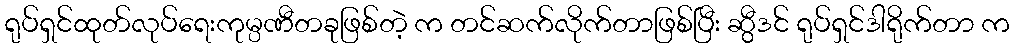
ရုပ်ရှင်ထုတ်လုပ်ရေးကုမ္ပဏီတခုဖြစ်တဲ့ က တင်ဆက်လိုက်တာဖြစ်ပြီး ဆွီဒင် ရုပ်ရှင်ဒါရိုက်တာ က